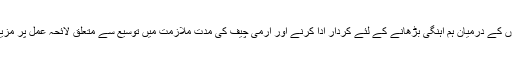
کور کمیٹی اجلاس میں اداروں کے درمیان ہم آہنگی بڑھانے کے لئے کردار ادا کرنے اور آرمی چیف کی مدت ملازمت میں توسیع سے متعلق لائحہ عمل پر مزید مشاورت کا فیصلہ کیا گیا۔